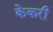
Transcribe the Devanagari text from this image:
केकरी